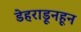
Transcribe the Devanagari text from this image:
डेहराडूनहून